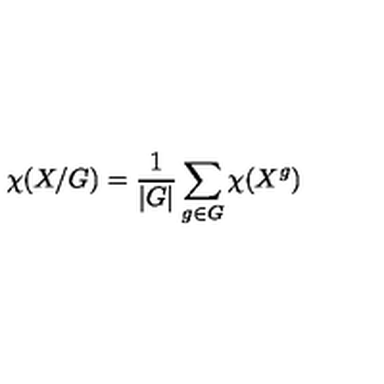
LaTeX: \chi ( X / G ) = \frac { 1 } { | G | } \sum _ { g \in G } \chi ( X ^ { g } )